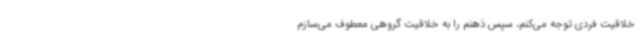
خلاقیت فردی توجه می‌کنم، سپس ذهنم را به خلاقیت گروهی معطوف می‌سازم